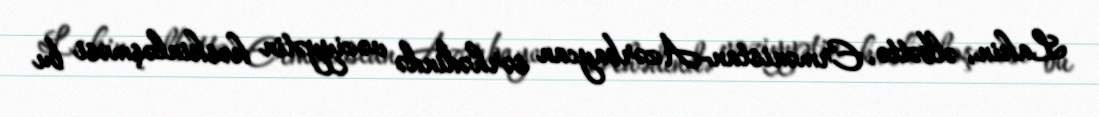
Lakin, əlbəttə, Ermənistan-Azərbaycan sərhədində vəziyyətin kəskinləşməsi bu